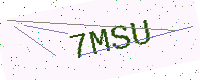
Text: 7MSU